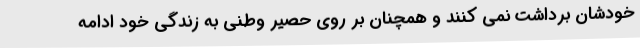
خودشان برداشت نمی کنند و همچنان بر روی حصیر وطنی به زندگی خود ادامه